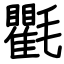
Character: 氍